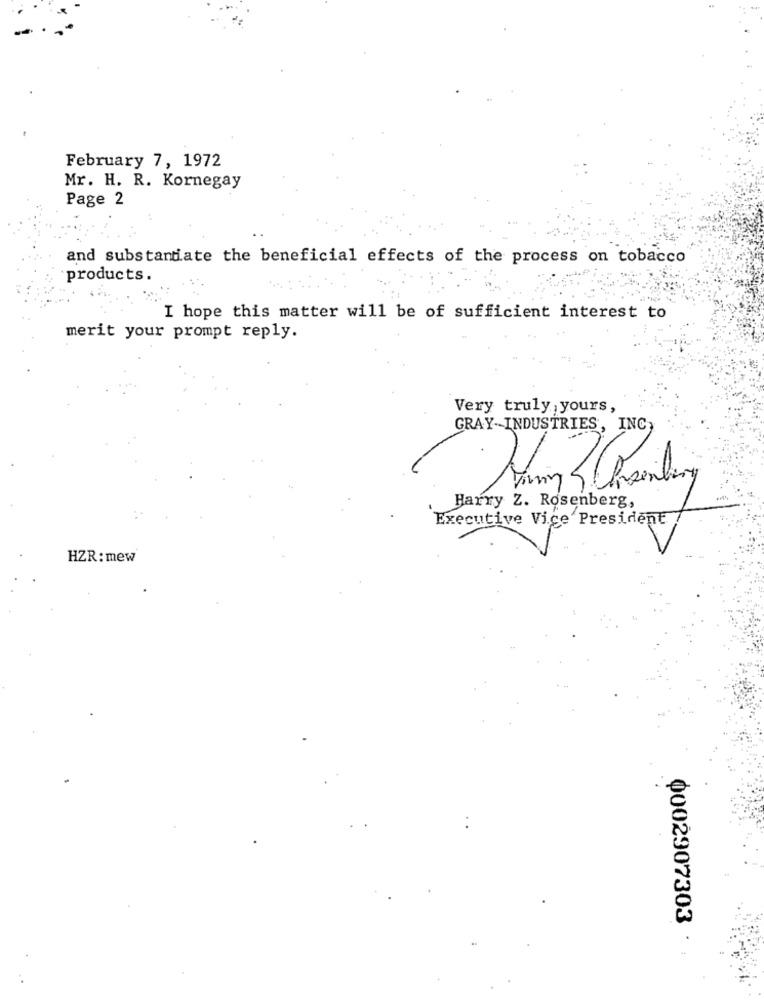
February 7, 1972
Mr. H. R. Kornegay
Page 2
and substantiate the beneficial effects of the process on tobacco
products.
I hope this matter will be of sufficient interest to
merit your prompt reply.
Very truly yours,
GRAY-INDUSTRIES, INC
Harry Z. Rosenberg,
Executive Vice President
HZR: mew
0002907303 .